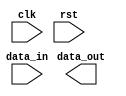
module bus_controller (
    input wire clk,
    input wire rst,
    input wire [31:0] data_in,
    output wire [31:0] data_out
);

// Timing control block
reg [31:0] setup_time;
reg [31:0] hold_time;
reg [31:0] clock_frequency;
reg [31:0] data_rate;

// Synchronization block
reg [31:0] data_sync;
reg [31:0] clock_domain_sync;

// Generate clock signal for bus operation
always @(posedge clk) begin
    // Add code to generate necessary clock signals
end

// Handle clock domain crossings
always @(posedge clk) begin
    // Add code to synchronize data transfers between clock domains
end

endmodule